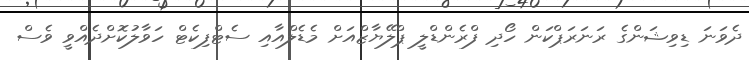
ދެވަނަ ޑިވިޝަންގެ ރަނަރަޕްކަން ހޯދި ފްރެންޑްލީ ޕްލޭޔާޒްއަށް މެޑެލްއާއި ސެޓްފިކެޓް ހަވާލުކޮށްދެއްވީ ވެސް